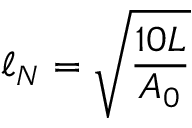
\ell _ { N } = \sqrt { \frac { 1 0 L } { A _ { 0 } } }